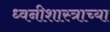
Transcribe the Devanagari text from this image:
ध्वनीशास्त्राच्या